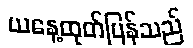
ယနေ့ထုတ်ပြန်သည်